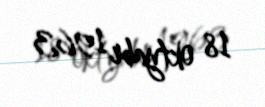
18 oktyabr 1963